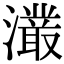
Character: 𭳖